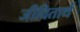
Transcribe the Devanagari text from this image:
जीवितार्थ